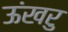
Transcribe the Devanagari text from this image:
ऊंखरु